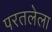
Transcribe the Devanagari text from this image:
परतलेला